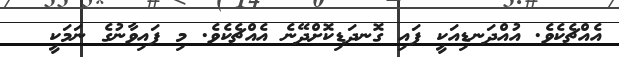
އެއްޗެކެވެ. އުއްދަނޑިއަކީ ފައި ގޮނދަޑިކޮށްދޭނެ އެއްޗެކެވެ. މި ފައިވާނުގެ ނަމަކީ